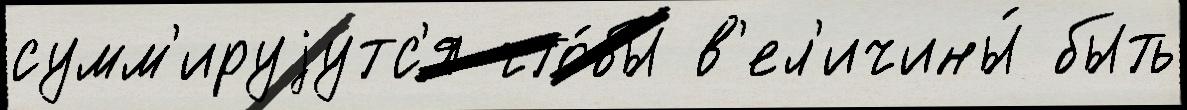
сумм'ируjутс'я что́бы в'ел'ичины́ быть